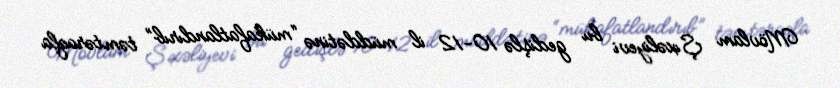
Mövlam Şıxəliyevi bu gedişlə 10-12 il müddətinə “mükafatlandırıb” təmtəraqla